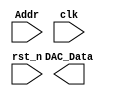
module Cos_ROM 
# (parameter ADDR_WIDTH=16, DAC_WIDTH=12)
(
    input wire [ADDR_WIDTH-1:0] Addr,
	input wire clk,
    output wire [DAC_WIDTH-1:0] DAC_Data,
    input  wire rst_n
);
endmodule //Cos_ROM